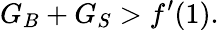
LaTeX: G_{B}+G_{S}>f^{\prime}(1).